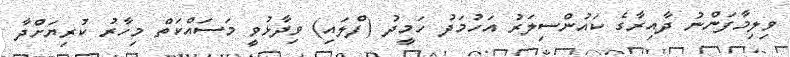
ވިލިމާފަންނު ދާއިރާގެ ކައުންސިލަރު އަހުމަދު ހަމީދު (ފްލައި) ވިދާޅުވީ މަސައްކަތް މިހާރު ކުރިޔަށްދާ